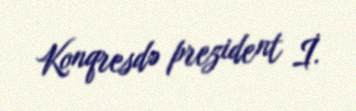
Konqresdə prezident İ.